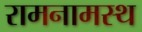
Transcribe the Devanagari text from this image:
रामनामस्थ